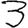
Digit: 3